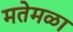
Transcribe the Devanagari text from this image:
मतेमळा